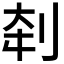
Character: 𰄨